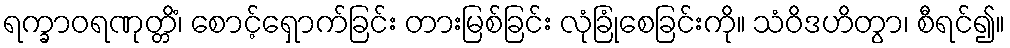
ရက္ခာဝရဏုတ္တိံ၊ စောင့်ရှောက်ခြင်း တားမြစ်ခြင်း လုံခြုံစေခြင်းကို။ သံဝိဒဟိတွာ၊ စီရင်၍။